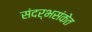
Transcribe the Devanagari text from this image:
संदर्भसंकेत